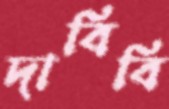
দাবিবি